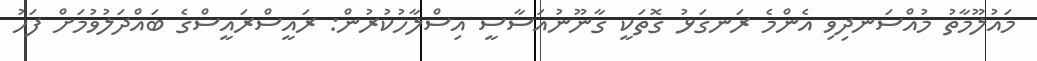
މައުލޫމާތު މުއްސަނދިވި އެންމެ ރަނގަޅު ގޮތަކީ ގާނޫނުއަސާސީ އިސްލާހުކުރުން: ރައީސްރައީސްގެ ބައްދަލުވުމަށް ފަހު